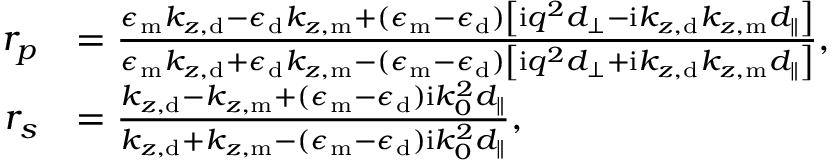
\begin{array} { r l } { r _ { p } } & { = \frac { \epsilon _ { \mathrm { m } } k _ { z , \mathrm { d } } - \epsilon _ { \mathrm { d } } k _ { z , \mathrm { m } } + ( \epsilon _ { \mathrm { m } } - \epsilon _ { \mathrm { d } } ) \left[ \mathrm { i } q ^ { 2 } d _ { \perp } - \mathrm { i } k _ { z , \mathrm { d } } k _ { z , \mathrm { m } } d _ { \parallel } \right] } { \epsilon _ { \mathrm { m } } k _ { z , \mathrm { d } } + \epsilon _ { \mathrm { d } } k _ { z , \mathrm { m } } - ( \epsilon _ { \mathrm { m } } - \epsilon _ { \mathrm { d } } ) \left[ \mathrm { i } q ^ { 2 } d _ { \perp } + \mathrm { i } k _ { z , \mathrm { d } } k _ { z , \mathrm { m } } d _ { \parallel } \right] } , } \\ { r _ { s } } & { = \frac { k _ { z , \mathrm { d } } - k _ { z , \mathrm { m } } + ( \epsilon _ { \mathrm { m } } - \epsilon _ { \mathrm { d } } ) \mathrm { i } k _ { 0 } ^ { 2 } d _ { \parallel } } { k _ { z , \mathrm { d } } + k _ { z , \mathrm { m } } - ( \epsilon _ { \mathrm { m } } - \epsilon _ { \mathrm { d } } ) \mathrm { i } k _ { 0 } ^ { 2 } d _ { \parallel } } , } \end{array}